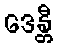
ဒေန္တီ